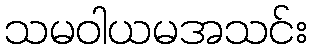
သမဝါယမအသင်း